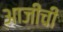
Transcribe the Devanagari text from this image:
आजीची